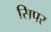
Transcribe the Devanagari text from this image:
सिपर